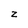
Character: z